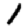
Digit: 1